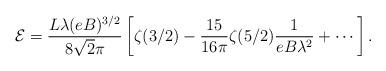
LaTeX: \begin{align*}\mathcal{E} = \frac{L \lambda (eB)^{3/2}}{8 \sqrt{2} \pi} \left [\zeta(3/2)-\frac{15}{16\pi}\zeta(5/2)\frac{1}{eB\lambda^2}+\cdots\right ].\end{align*}